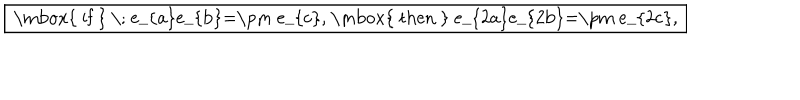
\fbox { \mathrm { ~ i f ~ } \; e _ { a } e _ { b } = \pm e _ { c } , \mathrm { ~ t h e n ~ } e _ { 2 a } e _ { 2 b } = \pm e _ { 2 c } , }